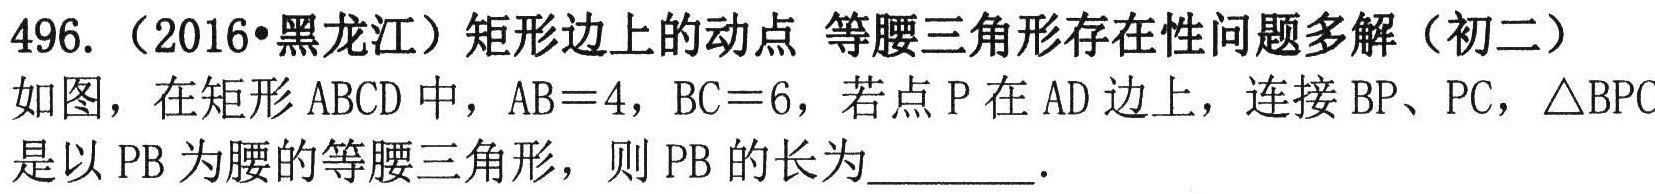
496.（2016•黑龙江）矩形边上的动点 等腰三角形存在性问题多解（初二）
如图，在矩形ABCD中，AB = 4，BC = 6，若点P在AD边上，连接BP、PC，$\triangle$BPC
是以PB为腰的等腰三角形，则PB的长为________．